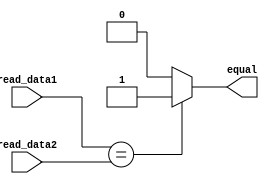
`timescale 1 ns / 1 ns

module comparator(read_data1, read_data2, equal);
    input [31:0] read_data1 , read_data2;
    output reg equal;

    always @(read_data1 or read_data2) begin
        equal = (read_data1 == read_data2) ? 1'b1 : 1'b0;
    end
endmodule